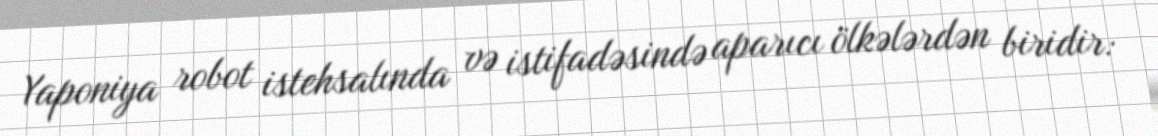
Yaponiya robot istehsalında və istifadəsində aparıcı ölkələrdən biridir: